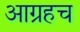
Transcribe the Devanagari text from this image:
आग्रहच